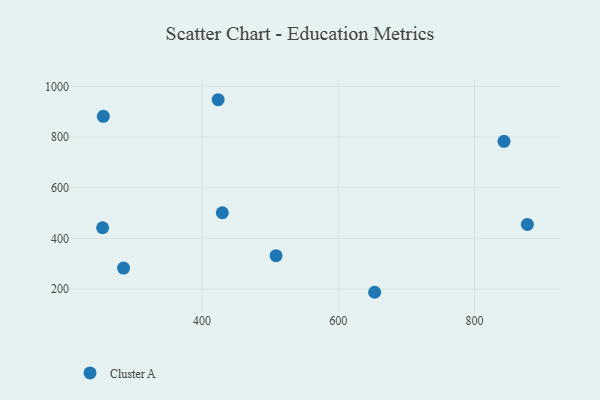
{"axis": {"x": "Ad Spend", "y": "Sales"}, "legend": ["Cluster A"], "data": [{"x": "284.7", "y": 282.8, "type": "Cluster A"}, {"x": "255.0", "y": 881.6, "type": "Cluster A"}, {"x": "843.2", "y": 783.0, "type": "Cluster A"}, {"x": "423.6", "y": 947.3, "type": "Cluster A"}, {"x": "653.3", "y": 187.4, "type": "Cluster A"}, {"x": "429.7", "y": 501.2, "type": "Cluster A"}, {"x": "254.0", "y": 442.0, "type": "Cluster A"}, {"x": "508.6", "y": 331.7, "type": "Cluster A"}, {"x": "877.5", "y": 455.2, "type": "Cluster A"}]}